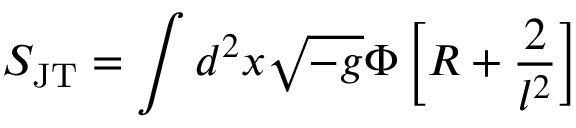
S _ { \mathrm { J T } } = \int d ^ { 2 } x \sqrt { - g } \Phi \left[ R + \frac { 2 } { l ^ { 2 } } \right]